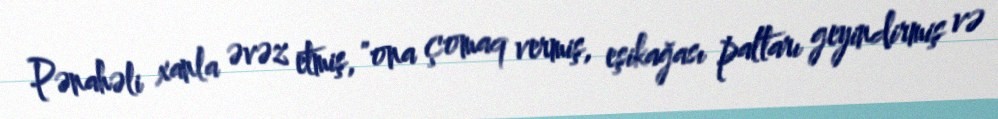
Pənahəli xanla əvəz etmiş, "ona çomaq vermiş, eşikağası paltarı geyindirmiş və